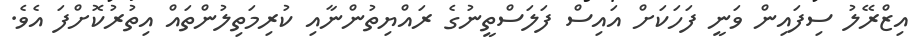
އިޒްރޭލު ސިފައިން ވަނީ ފަހަކަށް އައިސް ފަލަސްތީނުގެ ރައްޔިތުންނާއި ކުރިމަތިލުންތައް އިތުރުކޮށްފަ އެވެ.